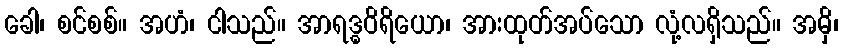
ခေါ၊ စင်စစ်။ အဟံ၊ ငါသည်။ အာရဒ္ဓဝိရိယော၊ အားထုတ်အပ်သော လုံ့လရှိသည်။ အမှိ၊